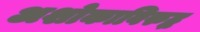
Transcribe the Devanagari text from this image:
अशोकाविरुद्ध